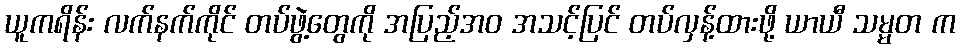
ယူကရိန်း လက်နက်ကိုင် တပ်ဖွဲ့တွေကို အပြည့်အဝ အသင့်ပြင် တပ်လှန့်ထားဖို့ ယာယီ သမ္မတ က